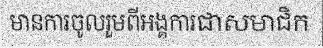
មានការចូលរួមពីអង្គការជាសមាជិក